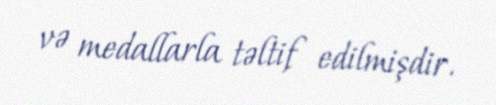
və medallarla təltif edilmişdir.